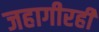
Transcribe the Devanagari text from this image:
जहागीरही